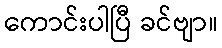
ကောင်းပါပြီ ခင်ဗျာ။